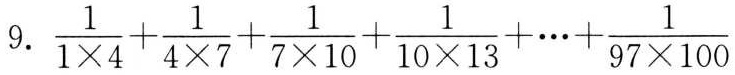
9.$$ \frac{1}{1 \times 4} + \frac{1}{4 \times 7} + \frac{1}{7 \times 10} + \frac{1}{10 \times 13} + \cdots + \frac{1}{97 \times 100} $$